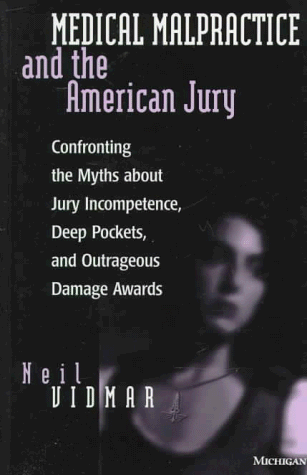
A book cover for Medical Malpractice and the American Jury: Confronting the Myths about Jury Incompetence, Deep Pockets, and Outrageous Damage Awards; Neil Vidmar; Law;